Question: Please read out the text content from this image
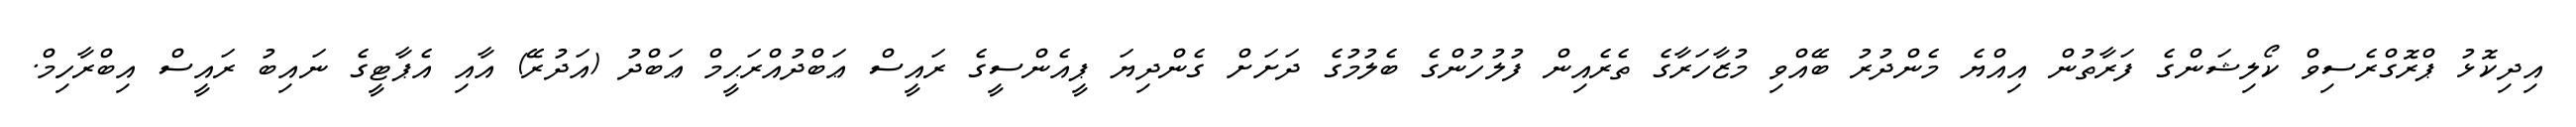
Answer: އިދިކޮޅު ޕްރޮގްރެސިވް ކޯލިޝަންގެ ފަރާތުން އިއްޔެ މެންދުރު ބޭއްވި މުޒާހަރާގެ ތެރެއިން ފުލުހުންގެ ބެލުމުގެ ދަށަށް ގެންދިޔަ ޕީއެންސީގެ ރައީސް ޢަބްދުއްރަޙީމް ޢަބްދު (އަދުރޭ) އާއި އެޕާޓީގެ ނައިބު ރައީސް އިބްރާހިމް.